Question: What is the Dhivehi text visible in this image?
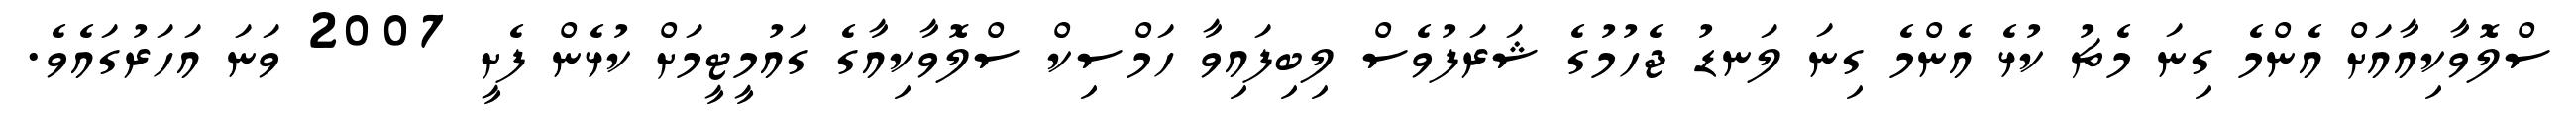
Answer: ސްލޮވާކިއާއަށް އެންމެ ގިނަ މެޗު ކުޅެ އެންމެ ގިނަ ލަނޑު ޖެހުމުގެ ޝަރަފުވެސް ލިބިފައިވާ ހަމްސިކް ސްލޮވާކިއާގެ ގައުމީޓީމަށް ކުޅެން ފެށީ 2007 ވަނަ އަހަރުގައެވެ.